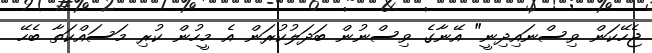
ޖެހޭކަން ވިސްނައިދިނީ" އޭނާގެ ވިސްނުން ބަދަލުކުރަން އެ މީހުން ކުރި މަސައްކަތާ ބެހޭ